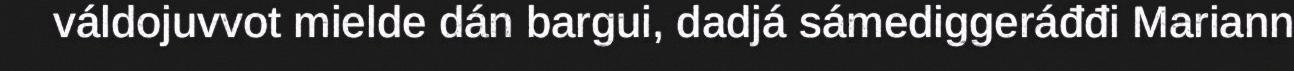
váldojuvvot mielde dán bargui, dadjá sámediggeráđđi Mariann